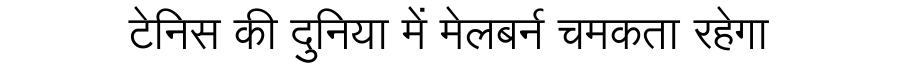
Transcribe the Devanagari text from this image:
टेनिस की दुनिया में मेलबर्न चमकता रहेगा